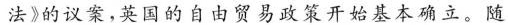
法》的议案，英国的自由贸易政策开始基本确立。随